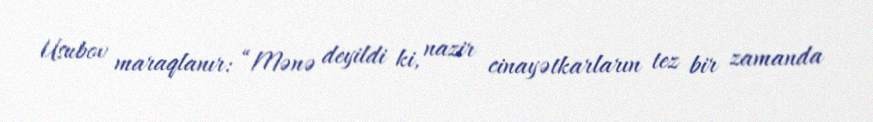
Usubov maraqlanır: “Mənə deyildi ki, nazir cinayətkarların tez bir zamanda